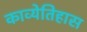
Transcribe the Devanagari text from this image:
काव्येतिहास